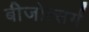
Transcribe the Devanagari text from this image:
बीजोत्सर्ग